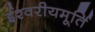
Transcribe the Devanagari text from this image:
ईश्वरीयमूर्ति